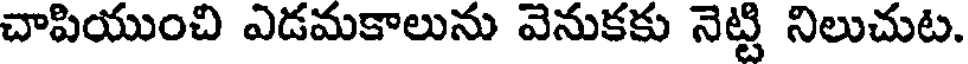
చాపియుంచి ఎడమకాలును వెనుకకు నెట్టి నిలుచుట.